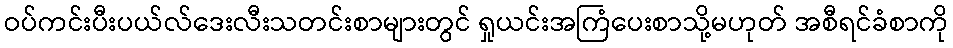
ဝပ်ကင်းပီးပယ်လ်ဒေးလီးသတင်းစာများတွင် ရှုယင်းအကြံပေးစာသို့မဟုတ် အစီရင်ခံစာကို